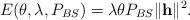
LaTeX: \begin{align*}E(\theta,\lambda,P_{BS}) = \lambda \theta P_{BS} \|\mathbf{h}\|^{2}.\end{align*}